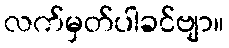
လက်မှတ်ပါခင်ဗျာ။